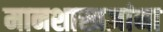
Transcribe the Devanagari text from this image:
मानशास्त्रज्ञांना